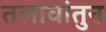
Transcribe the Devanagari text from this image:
तलावांतुन